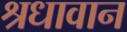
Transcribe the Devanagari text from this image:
श्रधावान